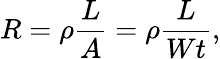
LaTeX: R=\rho{\frac{L}{A}}=\rho{\frac{L}{Wt}},